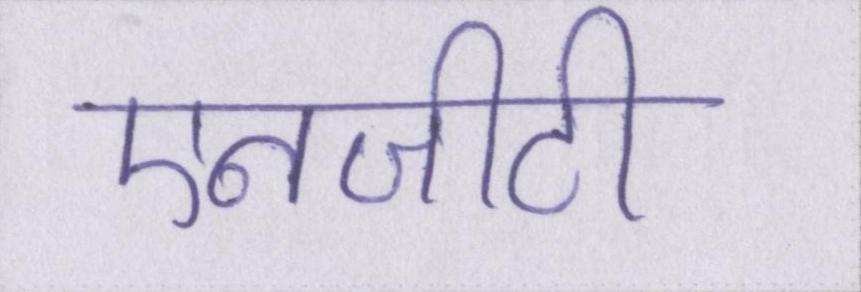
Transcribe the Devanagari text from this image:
एनजीटी